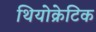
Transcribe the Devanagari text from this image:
थियोक्रेटिक